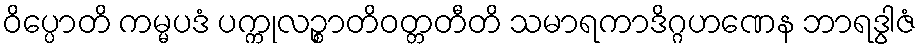
ဝိပ္ပောတိ ကမ္မပဒံ ပက္ကုလဉ္စာတိဝတ္တတီတိ သမာရကာဒိဂ္ဂဟဏေန ဘာရဒွါဇံ